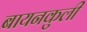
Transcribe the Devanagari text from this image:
बायनकुली